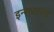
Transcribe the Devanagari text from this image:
इन्सटाल्ड